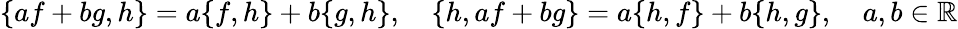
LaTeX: \{ af+bg,h\} =a\{ f,h\} +b\{ g,h\} ,\quad\{ h,af+bg\} =a\{ h,f\} +b\{ h,g\} ,\quad a,b\in\mathbb{R}